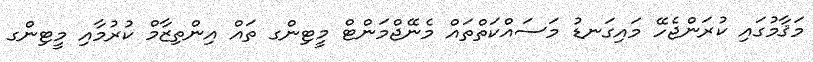
މަޤާމުގައި ކުރަންޖެހޭ މައިގަނޑު މަސައްކަތްތައް މެނޭޖްމަންޓް މީޓިންގ ތައް އިންތިޒާމް ކުރުމާއި މީޓިންގ